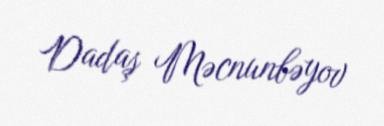
Dadaş Məcnunbəyov